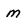
Character: M